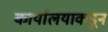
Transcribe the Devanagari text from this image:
कार्यालयाकडून